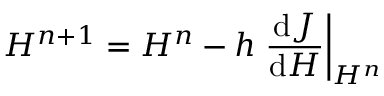
H ^ { n + 1 } = H ^ { n } - h \left. \frac { \mathrm { d } J } { \mathrm { d } H } \right| _ { H ^ { n } }